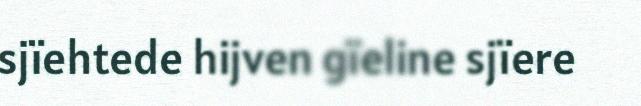
sjïehtede hijven gïeline sjïere